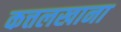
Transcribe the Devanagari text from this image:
कत्तलखाना